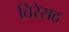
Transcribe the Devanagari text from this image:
तिरेसठ